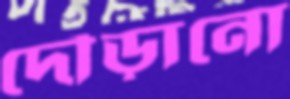
দৌড়ানো